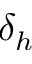
\delta _ { h }